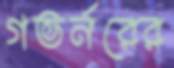
গভর্নরের